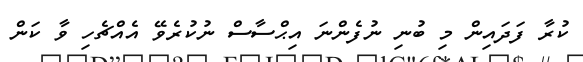
ކުރާ ފަދައިން މި ބުނި ނުފެންނަ އިޙްސާސް ނުކުރެވޭ އެއްޗެހި ވާ ކަން